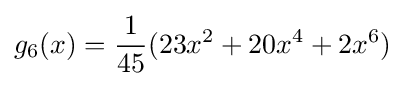
g_{6}(x)={\frac {1}{45}}(23x^{2}+20x^{4}+2x^{6})\